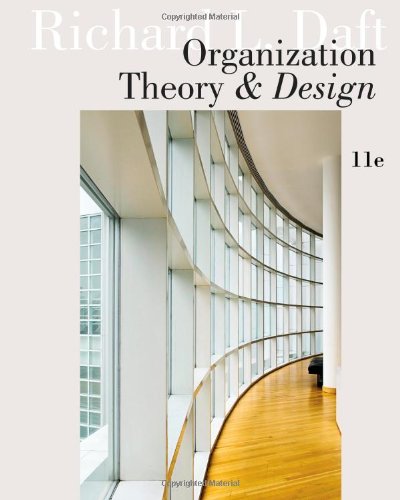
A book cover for Organization Theory and Design; Richard L. Daft; Business & Money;